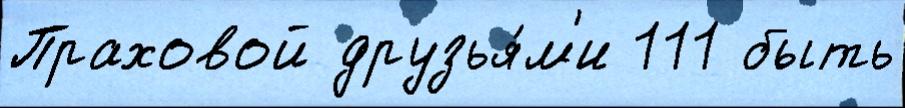
Праховой друзья́м'и 111 быть